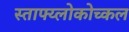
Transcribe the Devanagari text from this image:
स्ताफ्य्लोकोच्कल